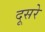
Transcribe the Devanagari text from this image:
दूसरेे